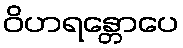
ဝိဟရန္တောပေ